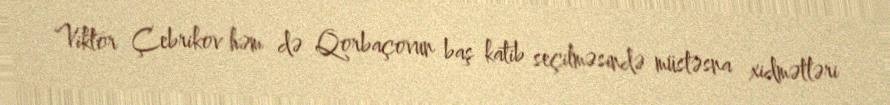
Viktor Çebrikov həm də Qorbaçovun baş katib seçilməsində müstəsna xidmətləri